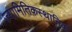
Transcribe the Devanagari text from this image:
ज्यामितिकस्थानिक